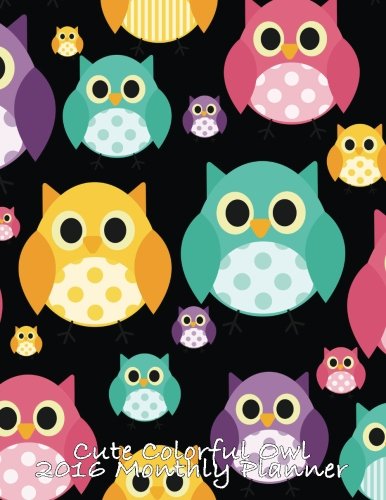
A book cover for Cute Colorful Owl 2016 Monthly Planner; Laura's Cute Planners; Business & Money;